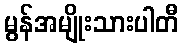
မွန်အမျိုးသားပါတီ